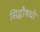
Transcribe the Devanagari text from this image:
सिद्धौषधी